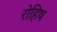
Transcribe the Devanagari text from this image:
रोहिष